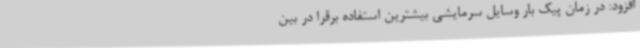
افزود: در زمان پیک بار وسایل سرمایشی بیشترین استفاده برقرا در بین